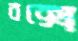
বক্সে